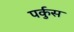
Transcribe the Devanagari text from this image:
पर्कुस